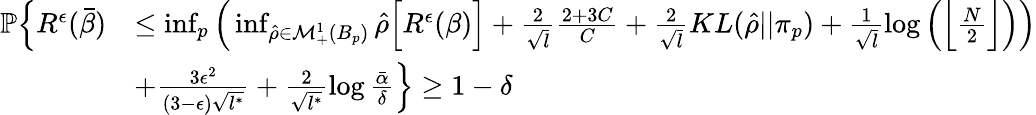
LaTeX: \begin{array}{rl}{\mathbb{P}\Big\{ R^{\epsilon}(\bar{\beta})}&{\leq\operatorname*{inf}_{p}\Big(\operatorname*{inf}_{\hat{\rho}\in\mathcal{M}_{+}^{1}(B_{p})}\hat{\rho}\Big[R^{\epsilon}(\beta)\Big]+\frac{2}{\sqrt{l}}\frac{2+3C}{C}+\frac{2}{\sqrt{l}}KL(\hat{\rho}||\pi_{p})+\frac{1}{\sqrt{l}}\log\Big(\Big\lfloor\frac{N}{2}\Big\rfloor\Big)\Big)}\\ &{+\frac{3\epsilon^{2}}{(3-\epsilon)\sqrt{l^{*}}}+\frac{2}{\sqrt{l^{*}}}\log\frac{\bar{\alpha}}{\delta}\Big\} \geq 1-\delta}\end{array}